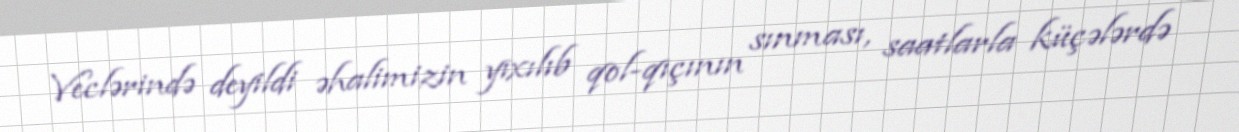
Veclərində deyildi əhalimizin yıxılıb qol-qıçının sınması, saatlarla küçələrdə